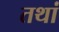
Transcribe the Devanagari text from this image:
तथां